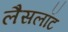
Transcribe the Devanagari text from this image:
लैसलॉट